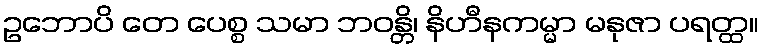
ဥဘောပိ တေ ပေစ္စ သမာ ဘဝန္တိ၊ နိဟီနကမ္မာ မနုဇာ ပရတ္ထ။